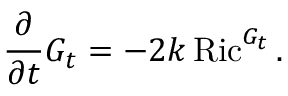
{ \frac { \partial } { \partial t } } G _ { t } = - 2 k \operatorname { R i c } ^ { G _ { t } } .